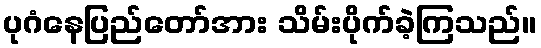
ပုဂံနေပြည်တော်အား သိမ်းပိုက်ခဲ့ကြသည်။